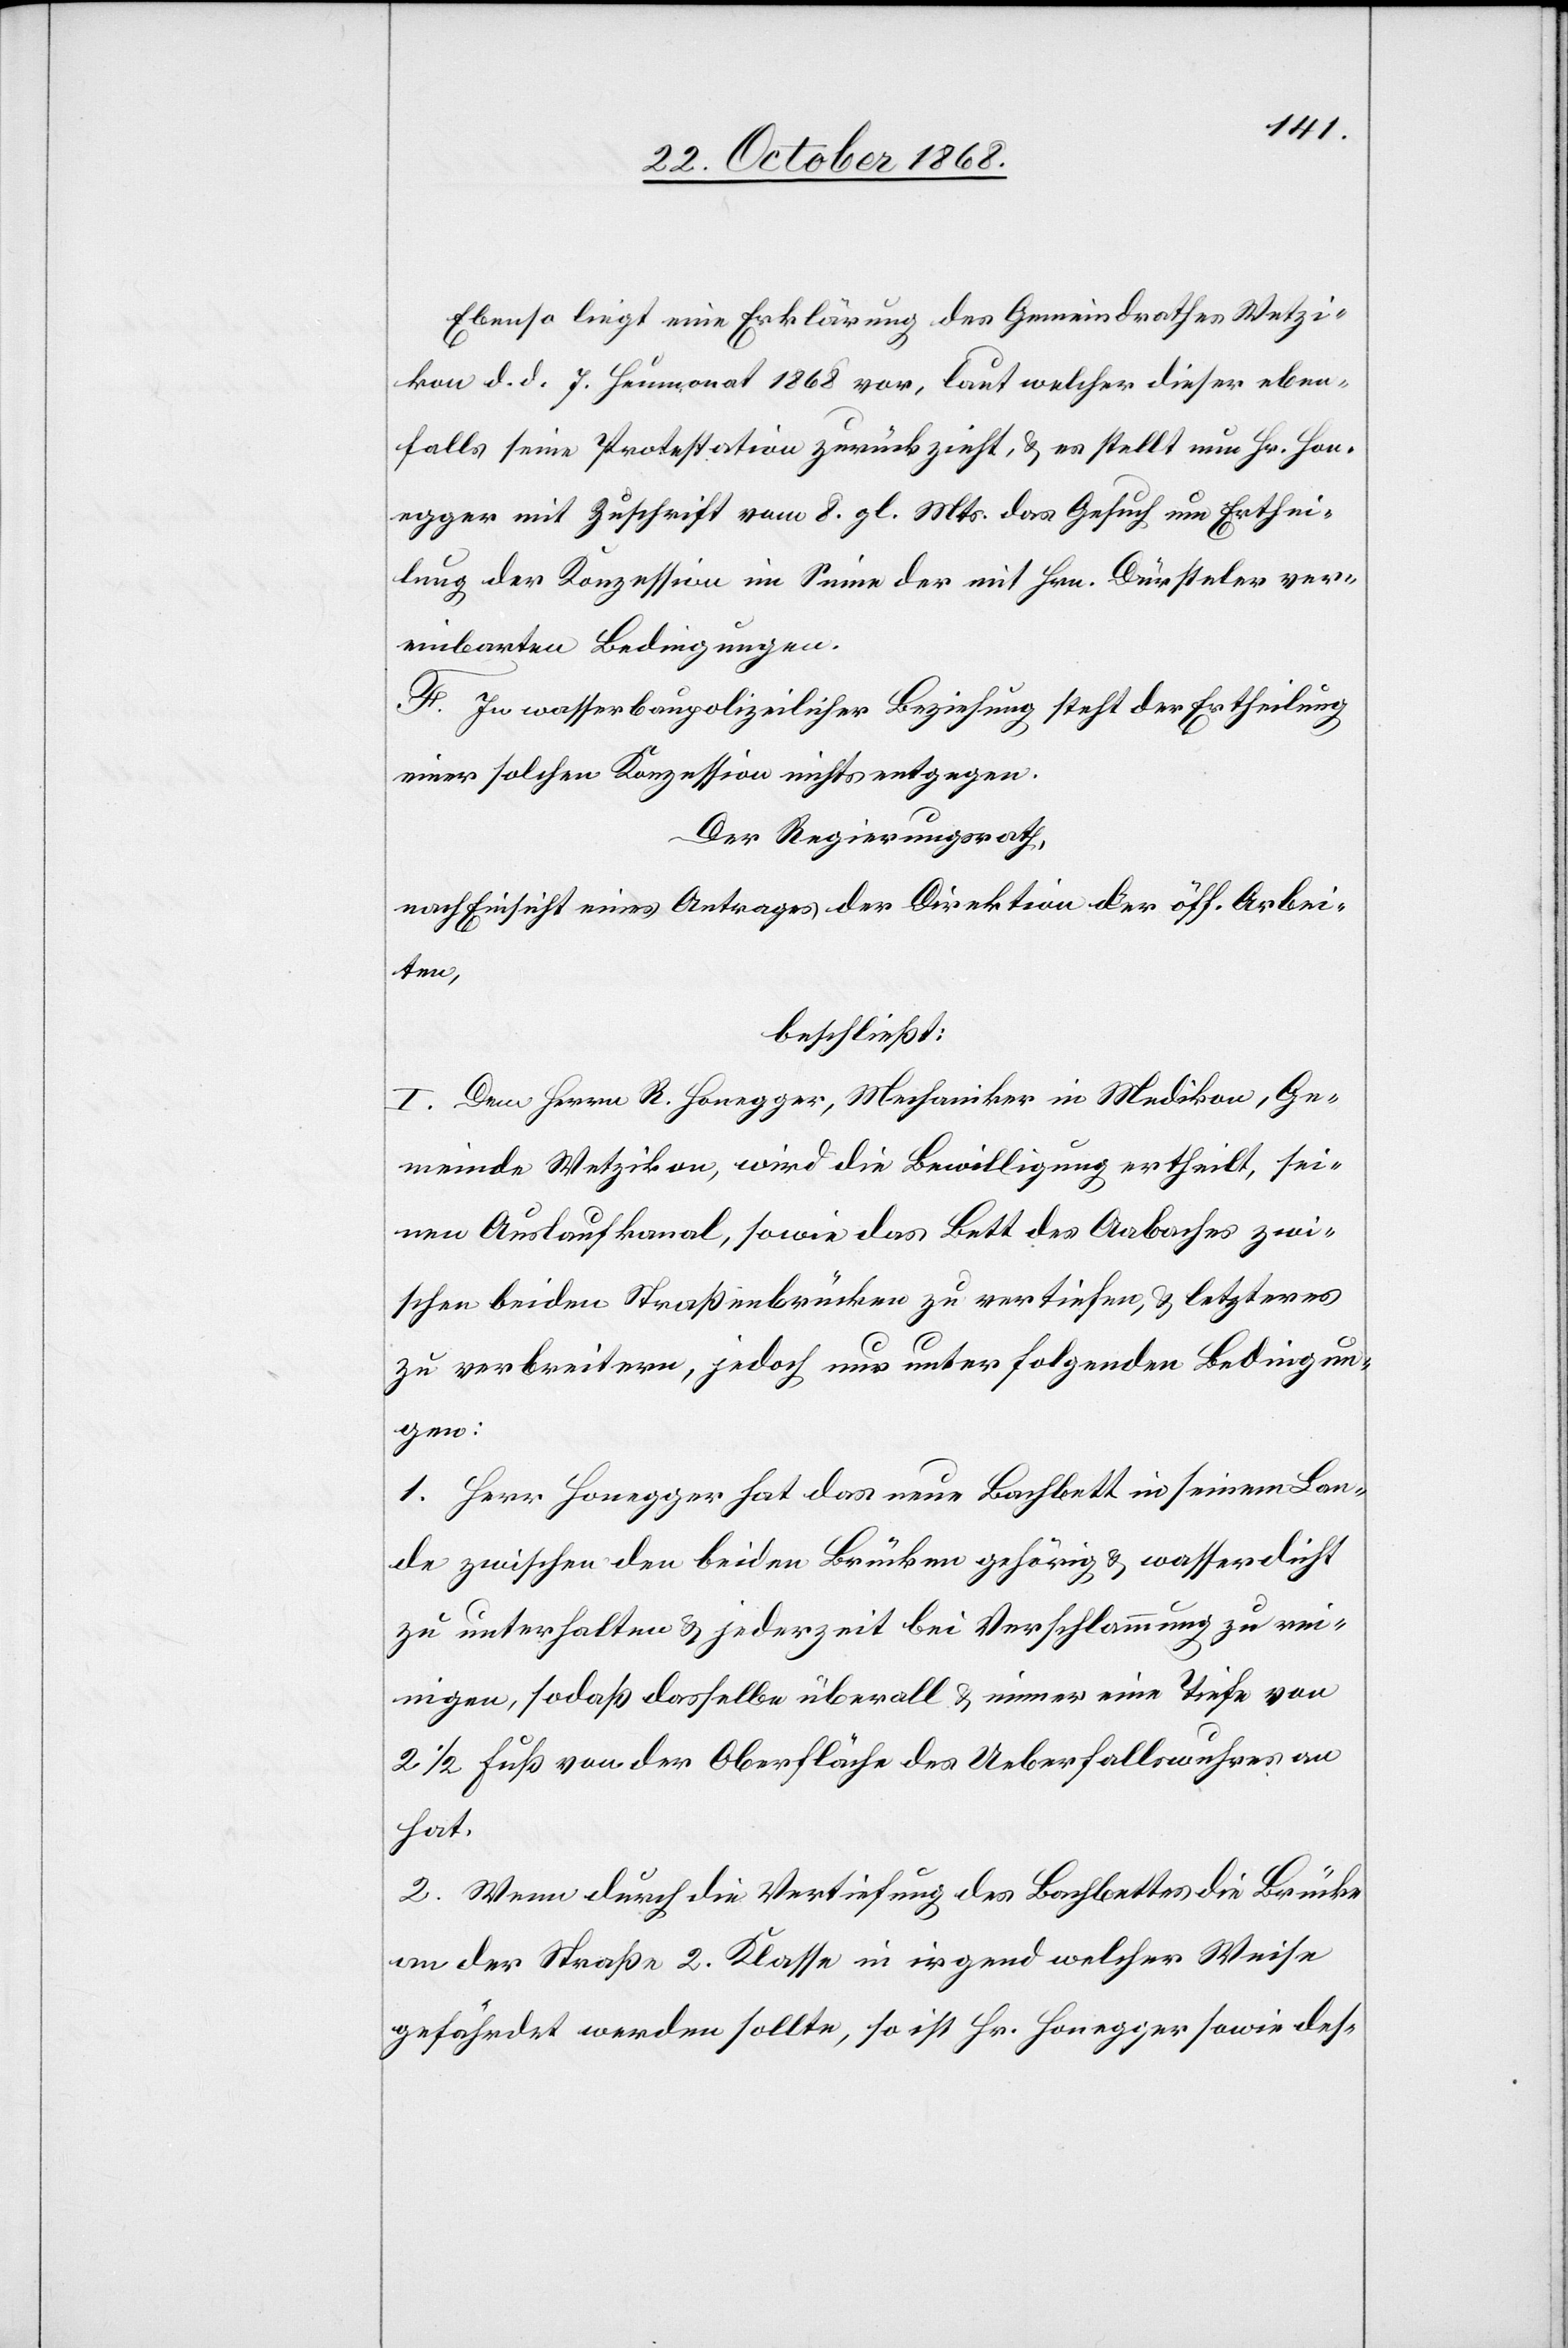
Ebenso liegt eine Erklärung des Gemeindrathes Wetzi¬
kon d. d. 7. Heumonat 1868 vor, laut welcher dieser eben¬
falls seine Protestation zurückzieht, & es stellt nun Hr. Hon¬
egger mit Zuschrift vom 8. gl. Mts. das Gesuch um Erthei¬
lung der Konzession im Sinne der mit Hrn. Dürsteler ver¬
einbarten Bedingungen.
F. In wasserbaupolizeilicher Beziehung steht der Ertheilung
einer solchen Konzession nichts entgegen.
Der Regierungsrath,
nach Einsicht eines Antrages der Direktion der öff. Arbei¬
ten,
beschließt:
I. Dem Herrn R. Honegger, Mechaniker in Medikon, Ge¬
meinde Wetzikon, wird die Bewilligung ertheilt, sei¬
nen Auslaufkanal, sowie das Bett des Aabaches zwi¬
schen beiden Straßenbrücken zu vertiefen, & letzteres
zu verbreitern, jedoch nur unter folgenden Bedingun¬
gen:
1. Herr Honegger hat das neue Bachbett in seinem Lan¬
de zwischen den beiden Brücken gehörig & wasserdicht
zu unterhalten & jederzeit bei Verschlammung zu re¬
inigen, sodaß dasselbe überall & immer eine Tiefe von
2 1/2 Fuß von der Oberfläche des Ueberfallswuhres an
hat.
2. Wenn durch die Vertiefung des Bachbettes die Brücke
an der Straße 2. Klasse in irgend welcher Weise
gefährdet werden sollte, so ist Hr. Honegger sowie des-